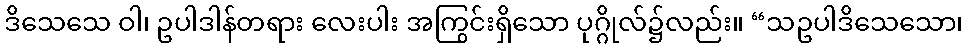
ဒိသေသေ ဝါ၊ ဥပါဒါန်တရား လေးပါး အကြွင်းရှိသော ပုဂ္ဂိုလ်၌လည်း။ “သဥပါဒိသေသော၊